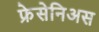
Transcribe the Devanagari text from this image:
फ्रेसेनिअस